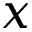
x